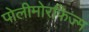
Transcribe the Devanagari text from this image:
पोलीमोरफिज्म